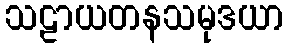
သဠာယတနသမုဒယာ